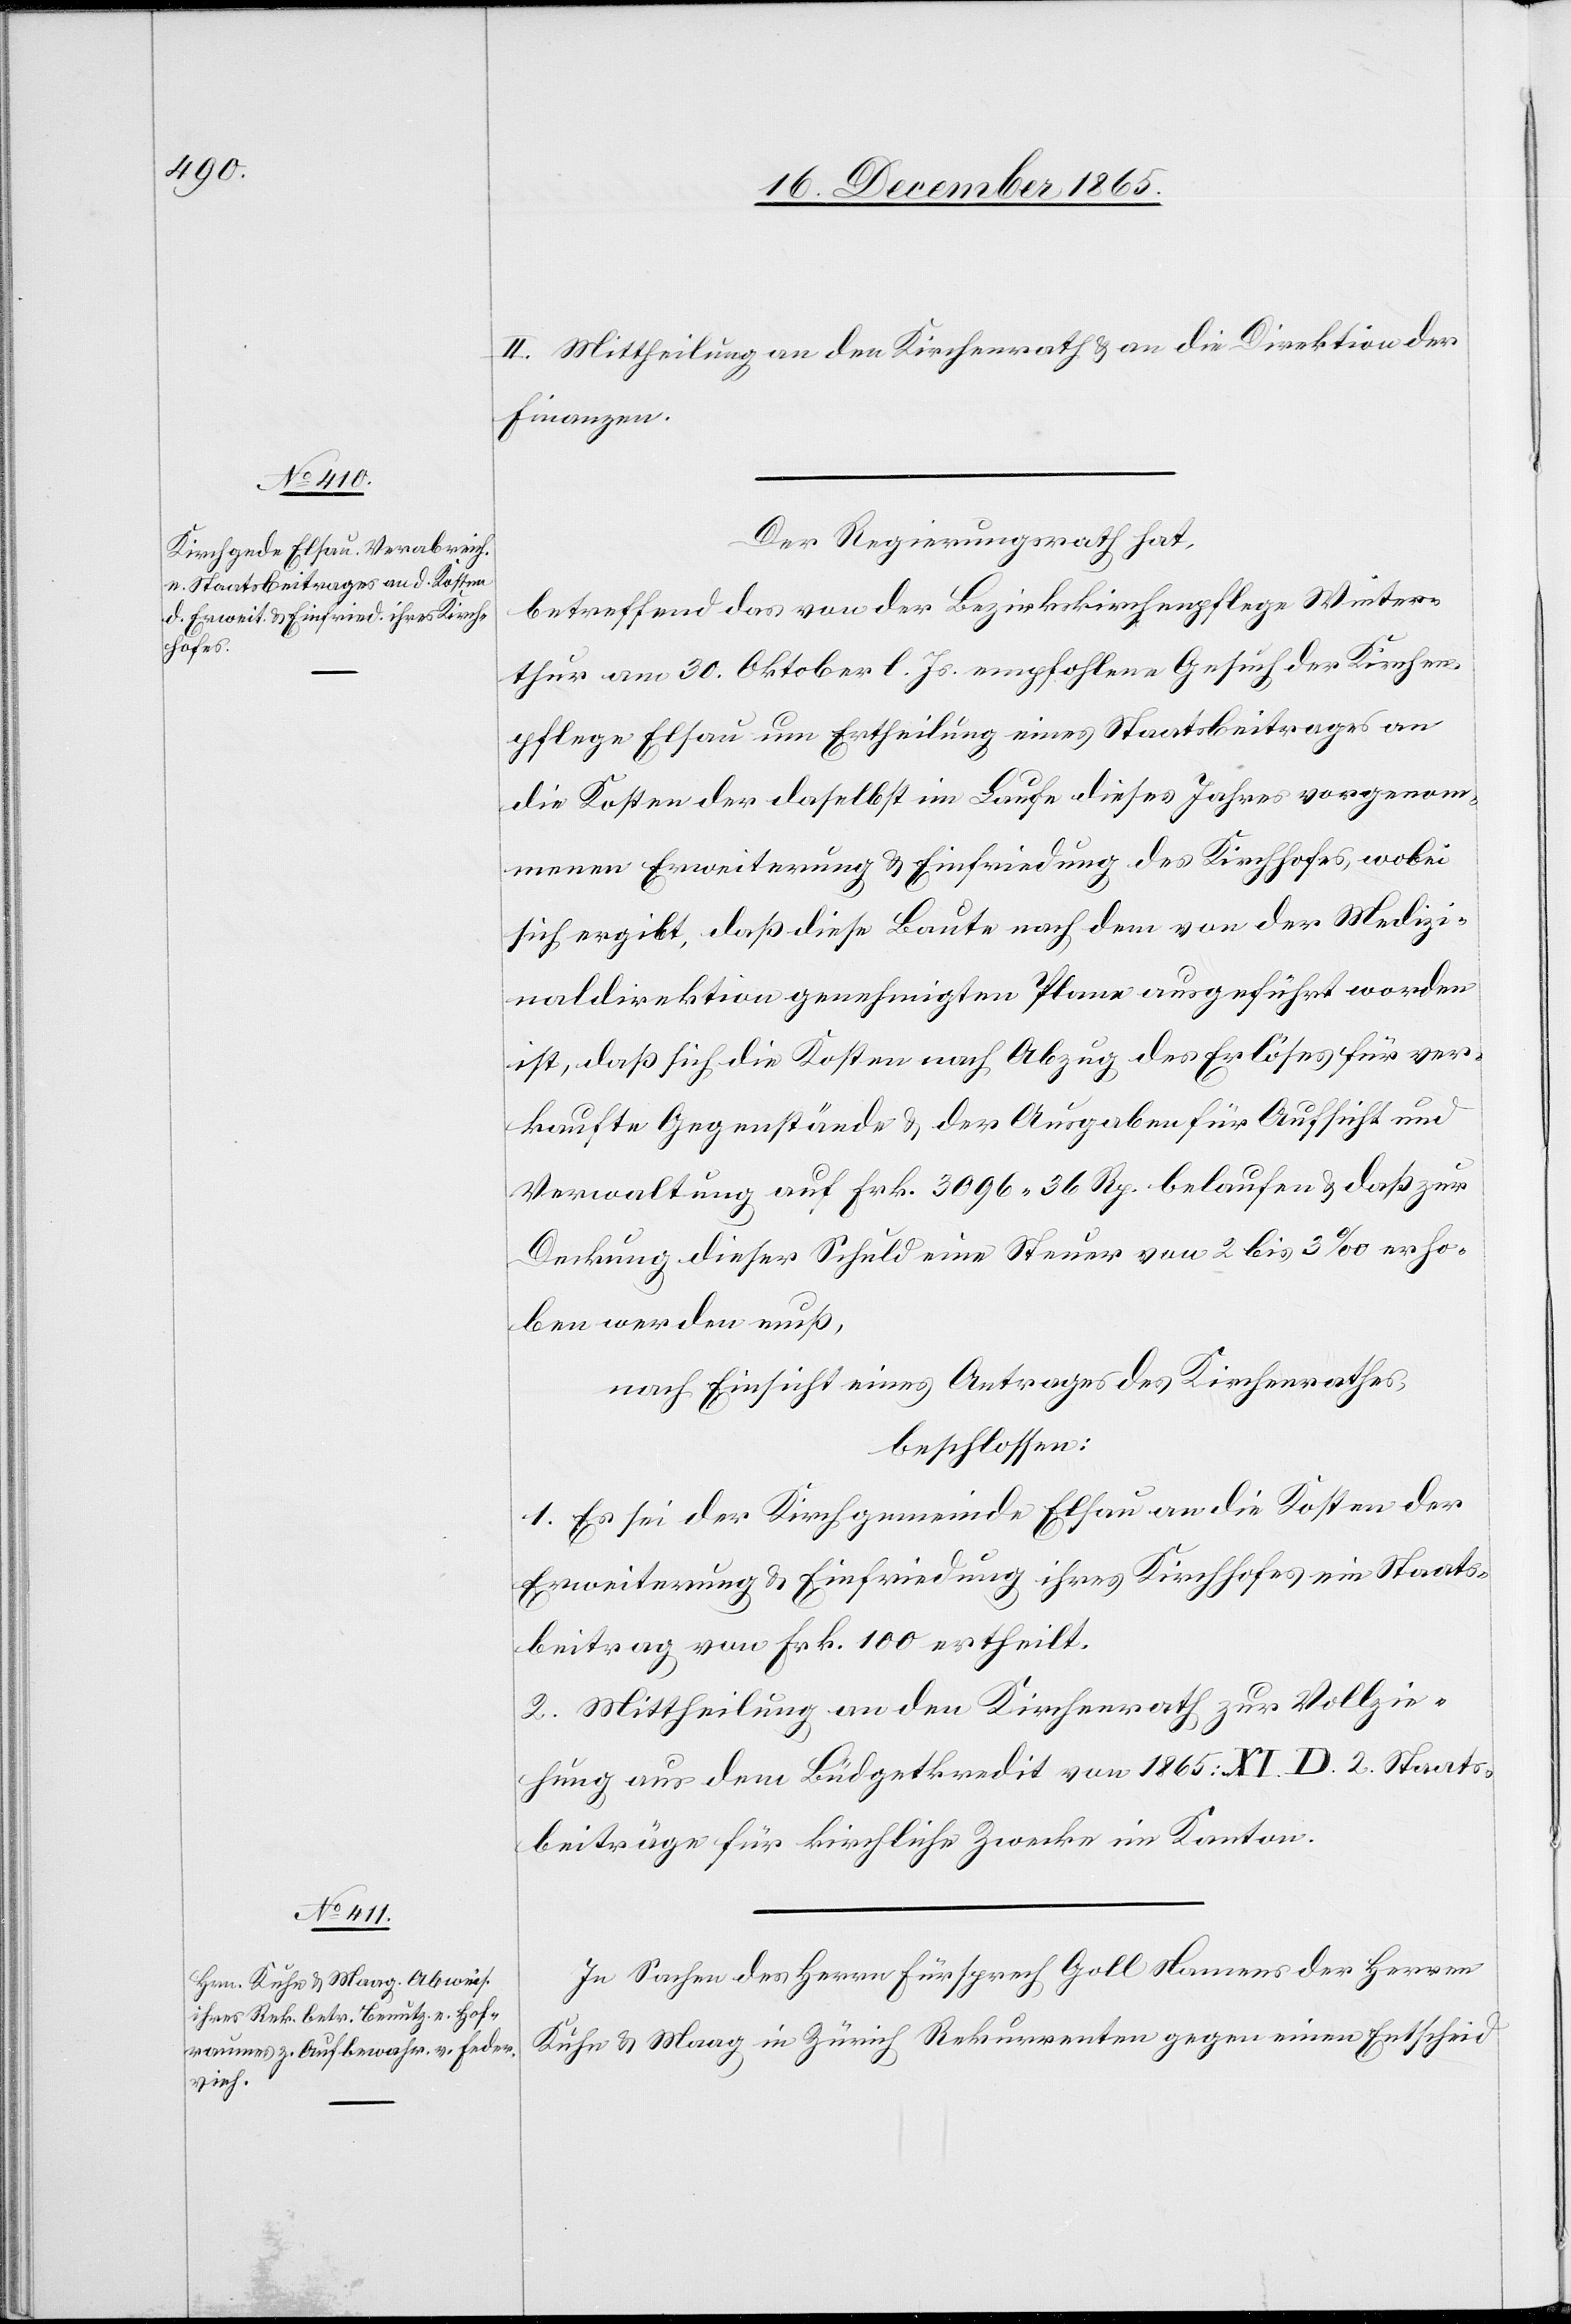
II. Mittheilung an der Kirchenrath & an die Direktion der
Finanzen.
Der Regierungsrath hat,
betreffend das von der Bezirkskirchenpflege Winter¬
thur am 30. Oktober l. Js. empfohlene Gesuch der Kirchen¬
pflege Elsau um Ertheilung eines Staatsbeitrages an
die Kosten der daselbst im Laufe dieses Jahres vorgenom¬
menen Erweiterung & Einfriedung des Kirchhofes, wobei
sich ergibt, daß diese Baute nach dem von der Medizi¬
naldirektion genehmigten Plane ausgeführt worden
ist, daß sich die Kosten nach Abzug des Erlöses für ver¬
kaufte Gegenstände & der Ausgaben für Aufsicht und
Verwaltung auf Frk. 3096 36 Rp. belaufen & daß zur
Deckung dieser Schuld eine Steuer von 2 bis 3‰ erho¬
ben werden muß,
nach Einsicht eines Antrages des Kirchenrathes,
beschlossen:
1. Es sei der Kirchgemeinde Elsau an die Kosten der
Erweiterung & Einfriedung ihres Kirchhofes ein Staats¬
beitrag von Frk. 100 ertheilt.
2. Mittheilung an den Kirchenrath zu Vollzie¬
hung aus dem Büdgetkredit von 1865: XI. D. 2. Staats¬
beiträge für kirchliche Zwecke im Kanton.
In Sachen des Herrn Fürsprech Goll Namens der Herren
Kuhn & Maag in Zürich Rekurrenten gegen einen Entscheid